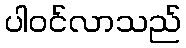
ပါဝင်လာသည်